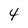
Character: 4